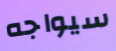
سيواجه